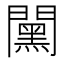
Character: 𨶯